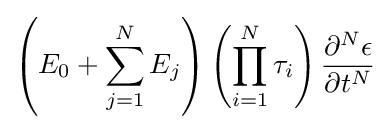
\left({E_{0}+\sum _{j=1}^{N}E_{j}}\right)\left({\prod _{i=1}^{N}{\tau _{i}}}\right){\frac {\partial ^{N}{\epsilon }}{\partial {t}^{N}}}